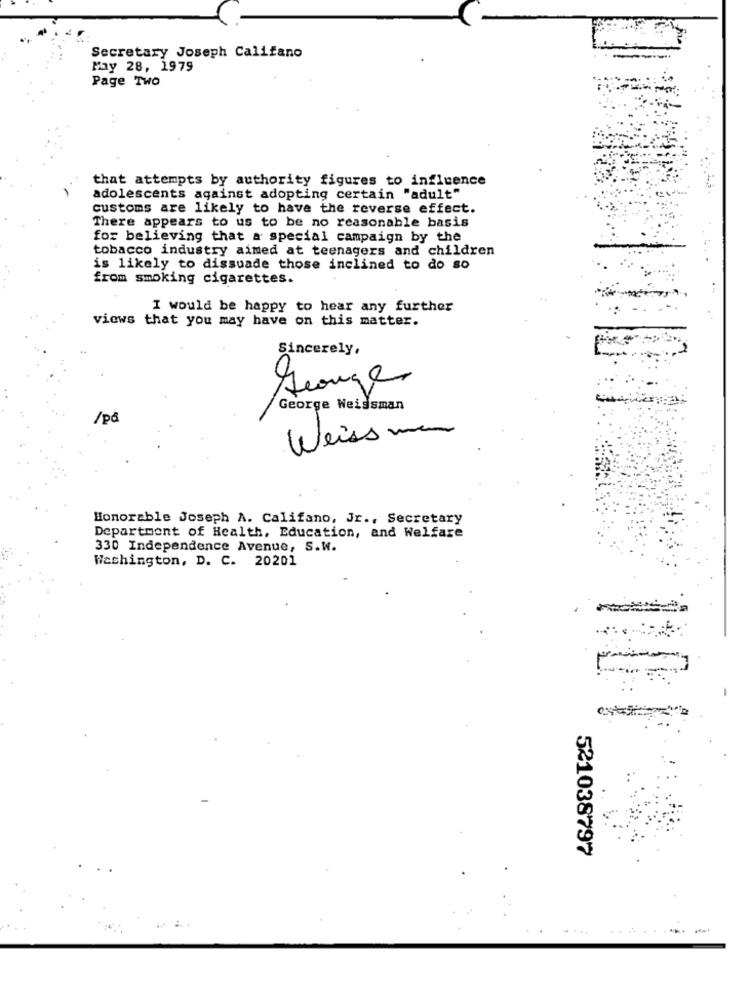
Secretary Joseph Califano
May 28, 1979
Page Two
that attempts by authority figures to influence
adolescents against adopting certain "adult"
customs are likely to have the reverse effect.
There appears to us to be no reasonable basis
for believing that a special campaign by the
tobacco industry aimed at teenagers and children
is likely to dissuade those inclined to do so
from smoking cigarettes.
I would be happy to hear any further
views that you may have on this matter.
Sincerely,
George
George Weissman
/po
Weiss man
Honorable Joseph A. Califano, Jr ., Secretary
Department of Health, Education, and Welfare
330 Independence Avenue, S.W.
Washington, D. C. 20201
521038797